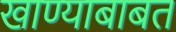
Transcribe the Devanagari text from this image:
खाण्याबाबत